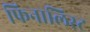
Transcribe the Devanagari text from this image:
फिनालिस्ट